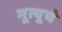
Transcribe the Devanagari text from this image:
मूत्यूचे